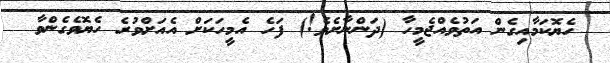
ހެޔޮކަމާއިގެން އަތުވެއްޖެމީހާ (ދަންނާށެވެ!) ފަހެ އެމީހަކަށް އެއަށްވުރެ ހެޔޮވެގެންވާ